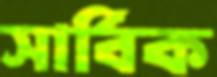
সার্বিক